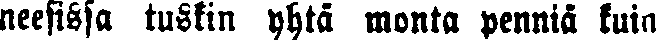
neesissa tuskin yhtä monta penniä kuin